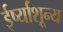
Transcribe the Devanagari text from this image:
ईर्ष्याशून्य